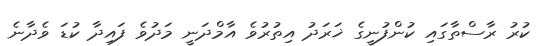
ކުރު ރާސްތާގައި ކުންފުނީގެ ޚަރަދު އިތުރުވެ އާމްދަނީ މަދުވެ ފައިދާ ކުޑަ ވެދާނެ